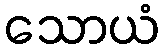
သောယံ